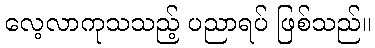
လေ့လာကုသသည့် ပညာရပ် ဖြစ်သည်။